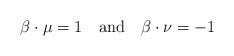
LaTeX: \begin{align*}\beta\cdot\mu=1\quad \mbox{and} \quad \beta\cdot\nu=-1\end{align*}